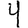
Digit: 4